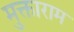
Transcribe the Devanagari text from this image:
मुक्ताराम